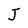
Character: J